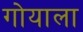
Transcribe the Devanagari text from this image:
गोयाला